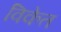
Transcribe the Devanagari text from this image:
विकेत